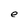
Character: e